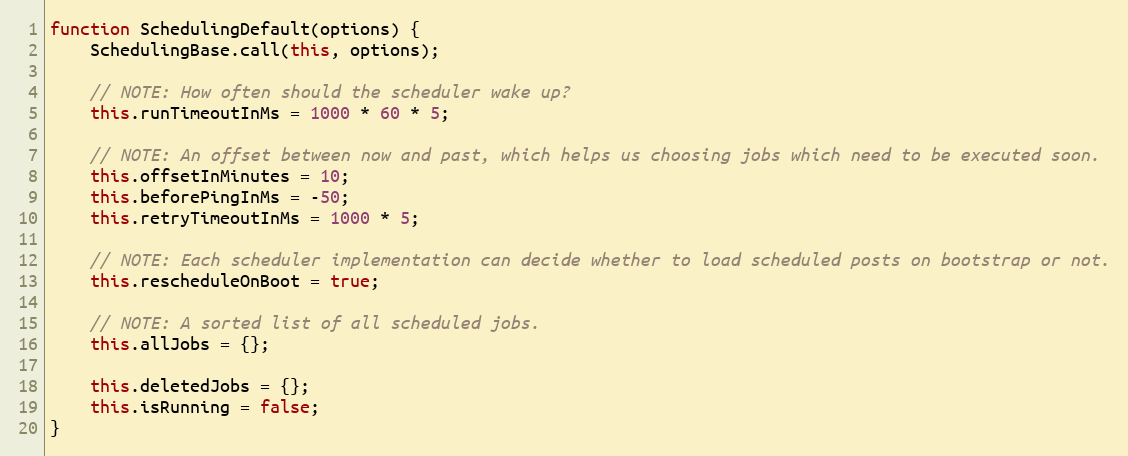
Language: JavaScript
function SchedulingDefault(options) {
    SchedulingBase.call(this, options);

    // NOTE: How often should the scheduler wake up?
    this.runTimeoutInMs = 1000 * 60 * 5;

    // NOTE: An offset between now and past, which helps us choosing jobs which need to be executed soon.
    this.offsetInMinutes = 10;
    this.beforePingInMs = -50;
    this.retryTimeoutInMs = 1000 * 5;

    // NOTE: Each scheduler implementation can decide whether to load scheduled posts on bootstrap or not.
    this.rescheduleOnBoot = true;

    // NOTE: A sorted list of all scheduled jobs.
    this.allJobs = {};

    this.deletedJobs = {};
    this.isRunning = false;
}